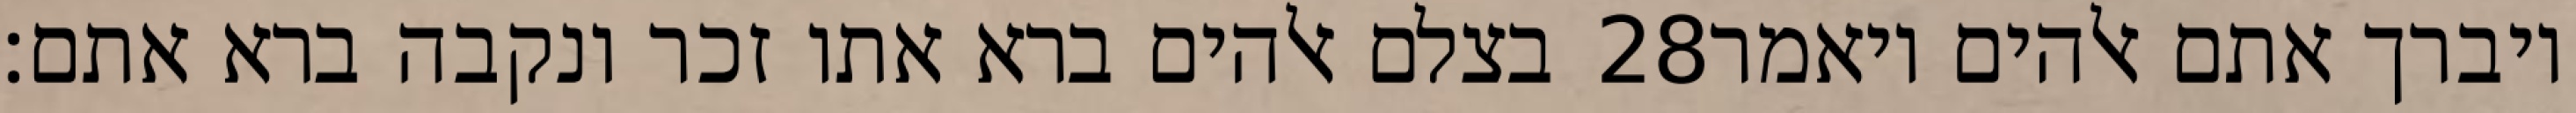
בצלם אלהים ברא אתו זכר ונקבה ברא אתם׃ ‎28‏ ויברך אתם אלהים ויאמר